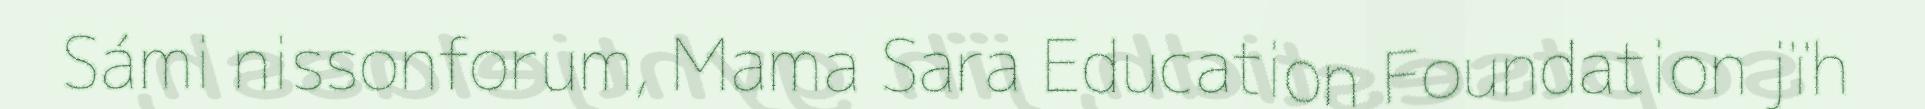
Sámi nissonforum, Mama Sara Education Foundation jïh